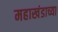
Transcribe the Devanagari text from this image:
महाखंडाच्या